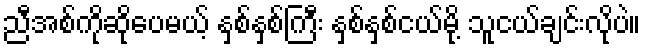
ညီအစ်ကိုဆိုပေမယ့် နှစ်နှစ်ကြီး နှစ်နှစ်ငယ်မို့ သူငယ်ချင်းလိုပဲ။